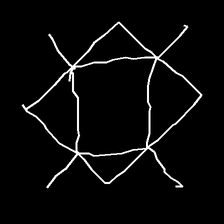
Glyph: light